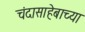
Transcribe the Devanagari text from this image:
चंदासाहेबाच्या